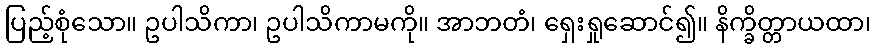
ပြည့်စုံသော။ ဥပါသိကာ၊ ဥပါသိကာမကို။ အာဘတံ၊ ရှေးရှုဆောင်၍။ နိက္ခိတ္တာယထာ၊